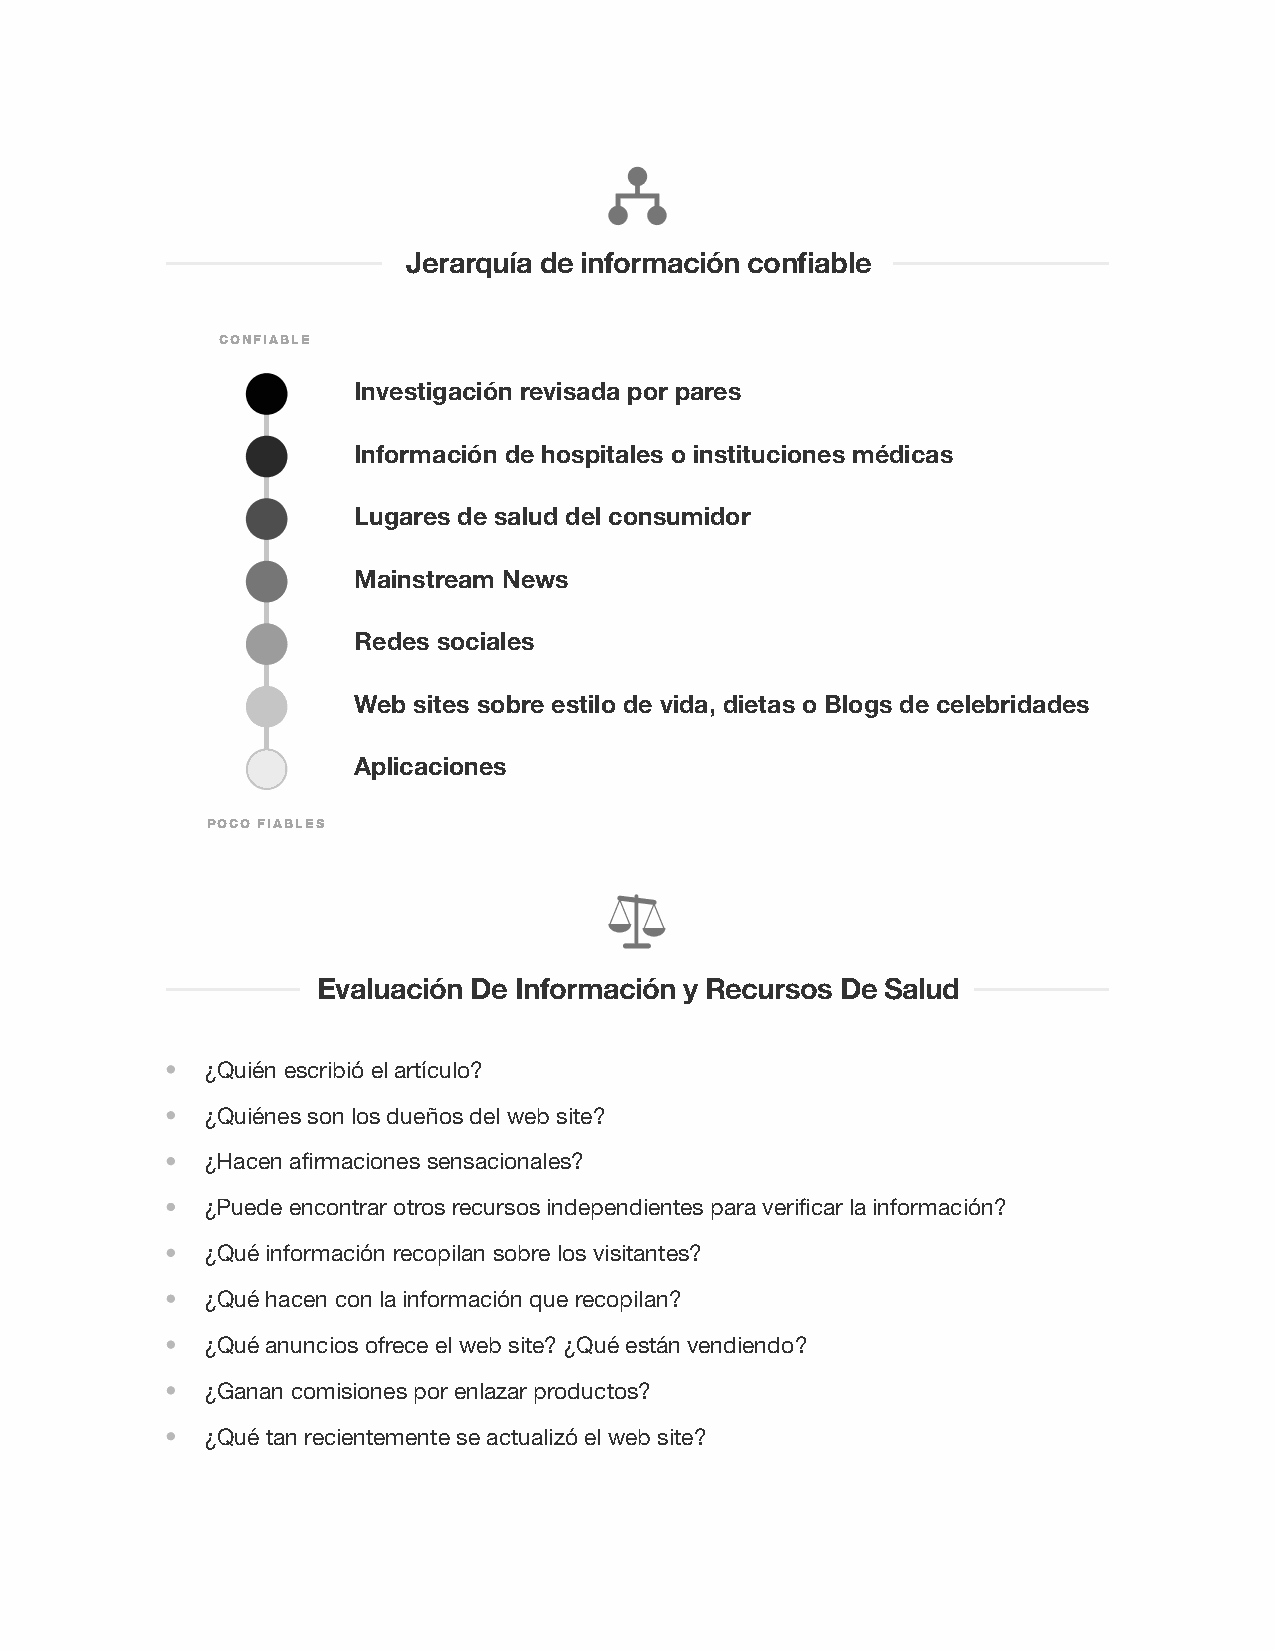
Jerarquía de información confiable
 CONFIABLE
 Investigación revisada por pares
 Información de hospitales o instituciones médicas
 Lugares de salud del consumidor
 Mainstream News
 Redes sociales
 Web sites sobre estilo de vida, dietas o Blogs de celebridades
 Aplicaciones
 POCO FIABLES
 Evaluación De Información y Recursos De Salud
 ¿Quién escribió el artículo?
 ¿Quiénes son los dueños del web site?
 ¿Hacen afirmaciones sensacionales?
 ¿Puede encontrar otros recursos independientes para verificar la información?
 ¿Qué información recopilan sobre los visitantes?
 ¿Qué hacen con la información que recopilan?
 ¿Qué anuncios ofrece el web site? ¿Qué están vendiendo?
 ¿Ganan comisiones por enlazar productos?
 ¿Qué tan recientemente se actualizó el web site?